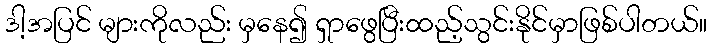
ဒါ့အပြင် များကိုလည်း မှနေ၍ ရှာဖွေပြီးထည့်သွင်းနိုင်မှာဖြစ်ပါတယ်။